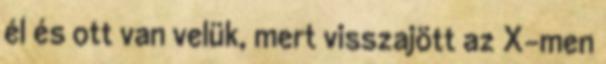
él és ott van velük, mert visszajött az X-men